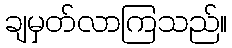
ချမှတ်လာကြသည်။